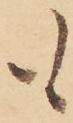
も